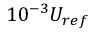
1 0 ^ { - 3 } U _ { r e f }